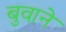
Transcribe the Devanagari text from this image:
बुवाने